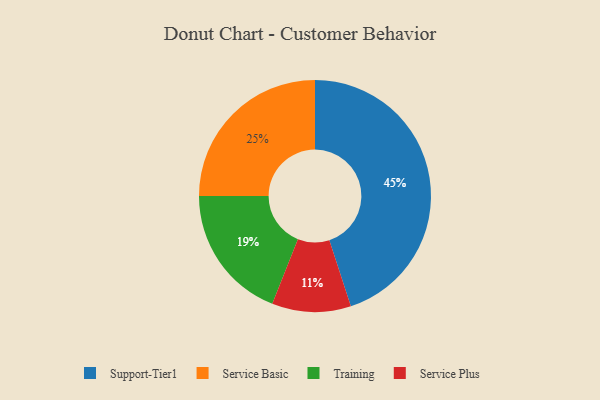
{"axis": {"x": "Category", "y": "Percentage"}, "legend": ["Service Basic", "Service Plus", "Support-Tier1", "Training"], "data": [{"x": "Service Basic", "y": 25, "type": "Service Basic"}, {"x": "Support-Tier1", "y": 45, "type": "Support-Tier1"}, {"x": "Training", "y": 19, "type": "Training"}, {"x": "Service Plus", "y": 11, "type": "Service Plus"}]}